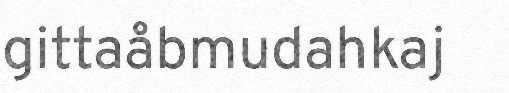
gittaåbmudahkaj